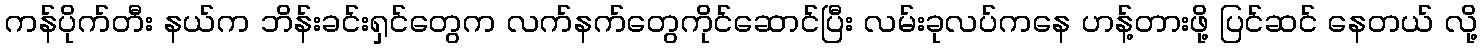
ကန်ပိုက်တီး နယ်က ဘိန်းခင်းရှင်တွေက လက်နက်တွေကိုင်ဆောင်ပြီး လမ်းခုလပ်ကနေ ဟန့်တားဖို့ ပြင်ဆင် နေတယ် လို့